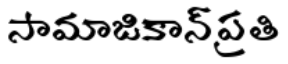
సామాజికాన్ ప్రతి